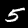
Label: 5